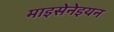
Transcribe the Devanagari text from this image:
माइसेनेइयन